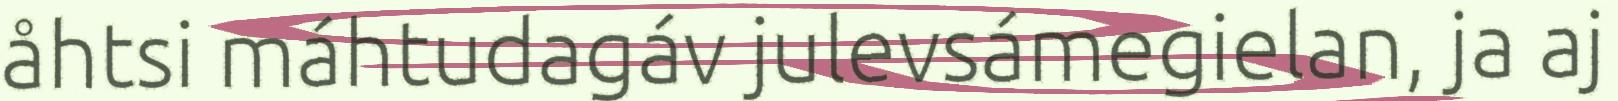
åhtsi máhtudagáv julevsámegielan, ja aj